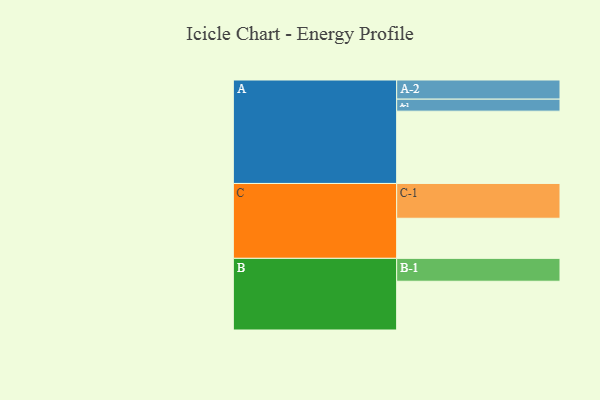
{"axis": {"x": "Segment", "y": "Value"}, "legend": ["", "A", "B", "C"], "data": [{"x": "A", "y": 559, "type": ""}, {"x": "B", "y": 377, "type": ""}, {"x": "C", "y": 310, "type": ""}, {"x": "A-1", "y": 93, "type": "A"}, {"x": "A-2", "y": 148, "type": "A"}, {"x": "B-1", "y": 177, "type": "B"}, {"x": "C-1", "y": 269, "type": "C"}]}